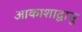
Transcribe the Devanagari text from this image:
आकाशाद्वासु